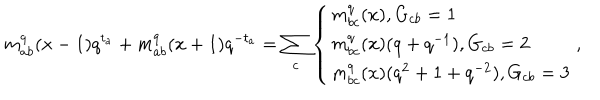
m _ { a b } ^ { q } ( x - 1 ) q ^ { t _ { a } } + m _ { a b } ^ { q } ( x + 1 ) q ^ { - t _ { a } } = \sum _ { c } \left\{ \begin{array} { l } { { m _ { b c } ^ { q } ( x ) , G _ { c b } = 1 } } \\ { { m _ { b c } ^ { q } ( x ) ( q + q ^ { - 1 } ) , G _ { c b } = 2 } } \\ { { m _ { b c } ^ { q } ( x ) ( q ^ { 2 } + 1 + q ^ { - 2 } ) , G _ { c b } = 3 } } \\ \end{array} \right. ,